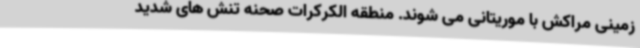
زمینی مراکش با موریتانی می شوند. منطقه الکرکرات صحنه تنش های شدید